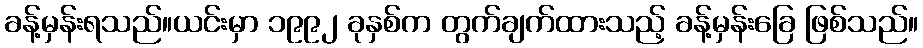
ခန့်မှန်းရသည်။ယင်းမှာ ၁၉၉၂ ခုနှစ်က တွက်ချက်ထားသည့် ခန့်မှန်းခြေ ဖြစ်သည်။